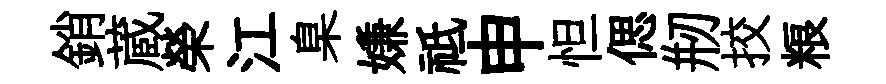
銷蔵榮江臬嫌祗申怛偲剏挍粮